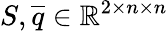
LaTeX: S,\overline{{q}}\in\mathbb{R}^{2\times n\times n}